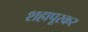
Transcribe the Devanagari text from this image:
शहापूरकर